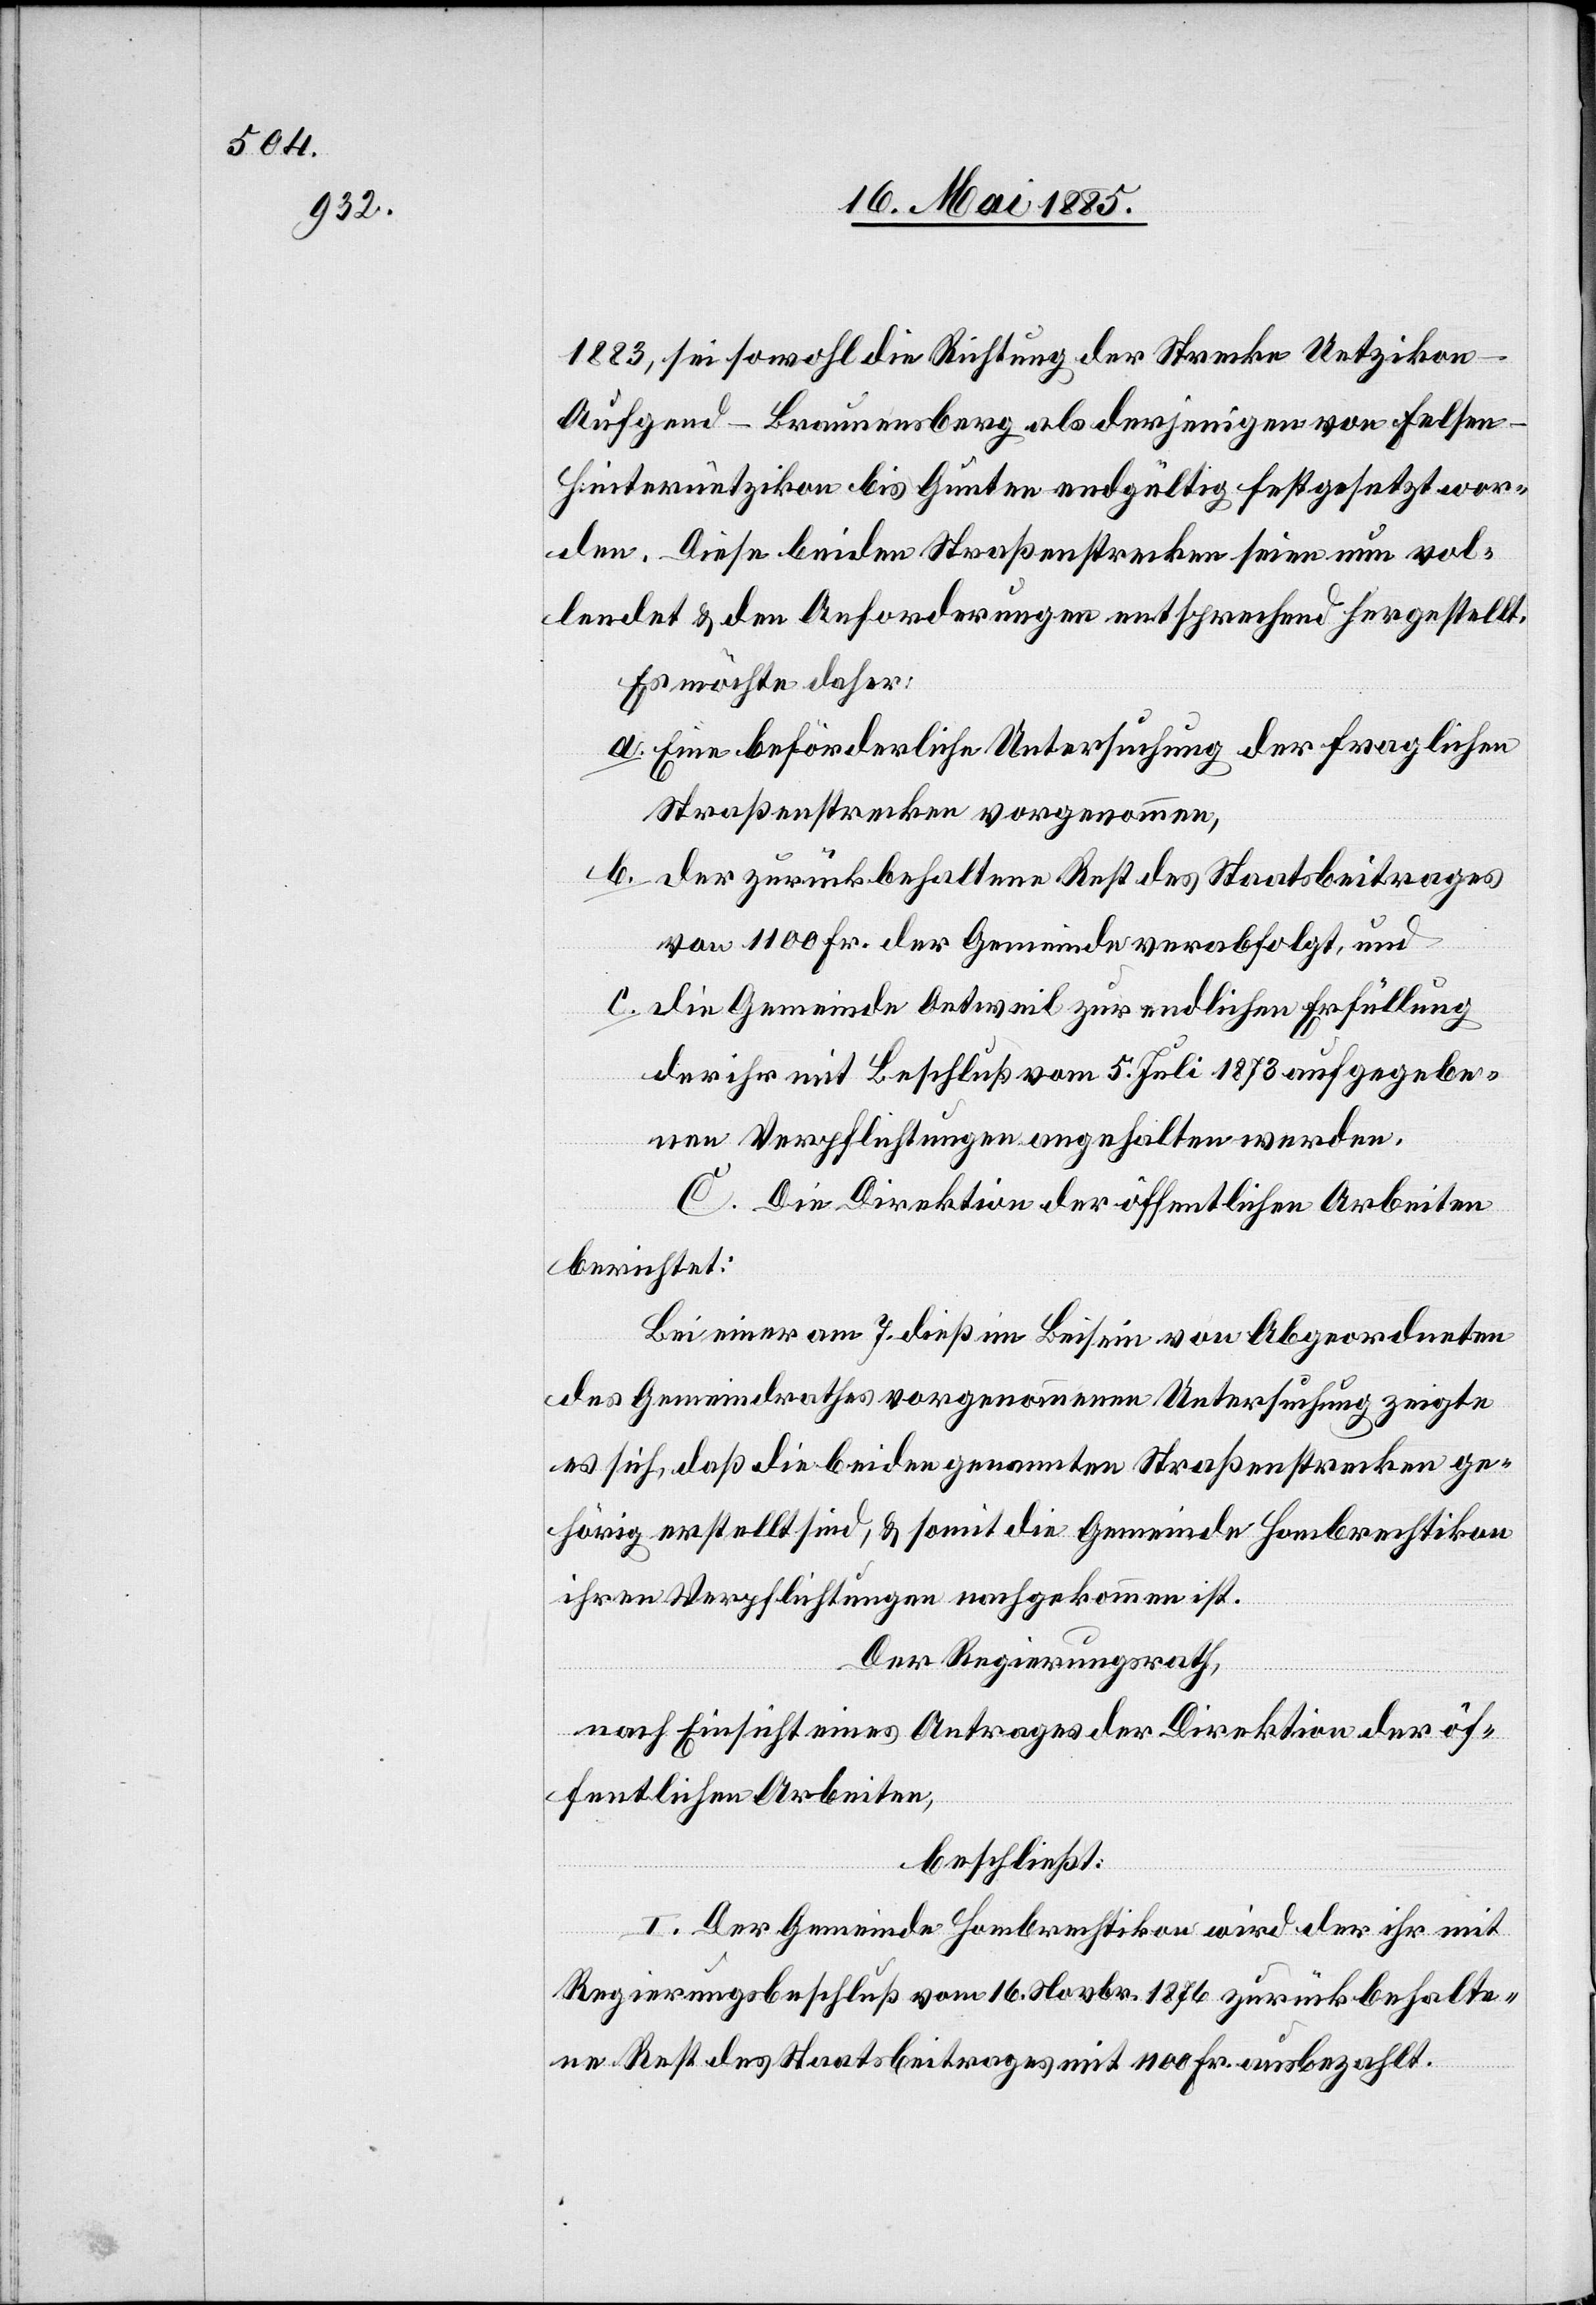
1883, sei sowohl die Richtung der Strecke Uetziko¬
n–Aufgend–Braunensberg als derjenigen von Felse¬
n–Hinterützikon bis Gunten endgültig festgesetzt wor¬
den. Diese beiden Straßenstrecken seien nun vol¬
lendet & den Anforderungen entsprechend hergestellt.
Es möchte daher:
a. Eine beförderliche Untersuchung der fraglichen
Straßenstrecken vorgenommen,
b. der zurückbehaltene Rest des Staatsbeitrages
von 1100 Fr. der Gemeinde verabfolgt, und
c. die Gemeinde Oetweil zur endlichen Erfüllung
der ihr mit Beschluß vom 5. Juli 1873 aufgegebe¬
nen Verpflichtungen angehalten werden.
C. Die Direktion der öffentlichen Arbeiten
berichtet:
Bei einer am 7. dieß im Beisein von Abgeordneten
des Gemeindrathes vorgenommenen Untersuchung zeigte
es sich, daß die beiden genannten Straßenstrecken ge¬
hörig erstellt sind, & somit die Gemeinde Hombrechtikon
ihren Verpflichtungen nachgekommen ist.
Der Regierungsrath,
nach Einsicht eines Antrages der Direktion der öf¬
fentlichen Arbeiten,
beschließt:
I. Der Gemeinde Hombrechtikon wird der ihr mit
Regierungsbeschluß vom 16. Novbr. 1876 zurückbehalte¬
ne Rest des Staatsbeitrages mit 1100 Fr. ausbezahlt.